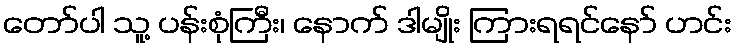
တော်ပါ သူ့ ပန်းစုံကြီး၊ နောက် ဒါမျိုး ကြားရရင်နော် ဟင်း